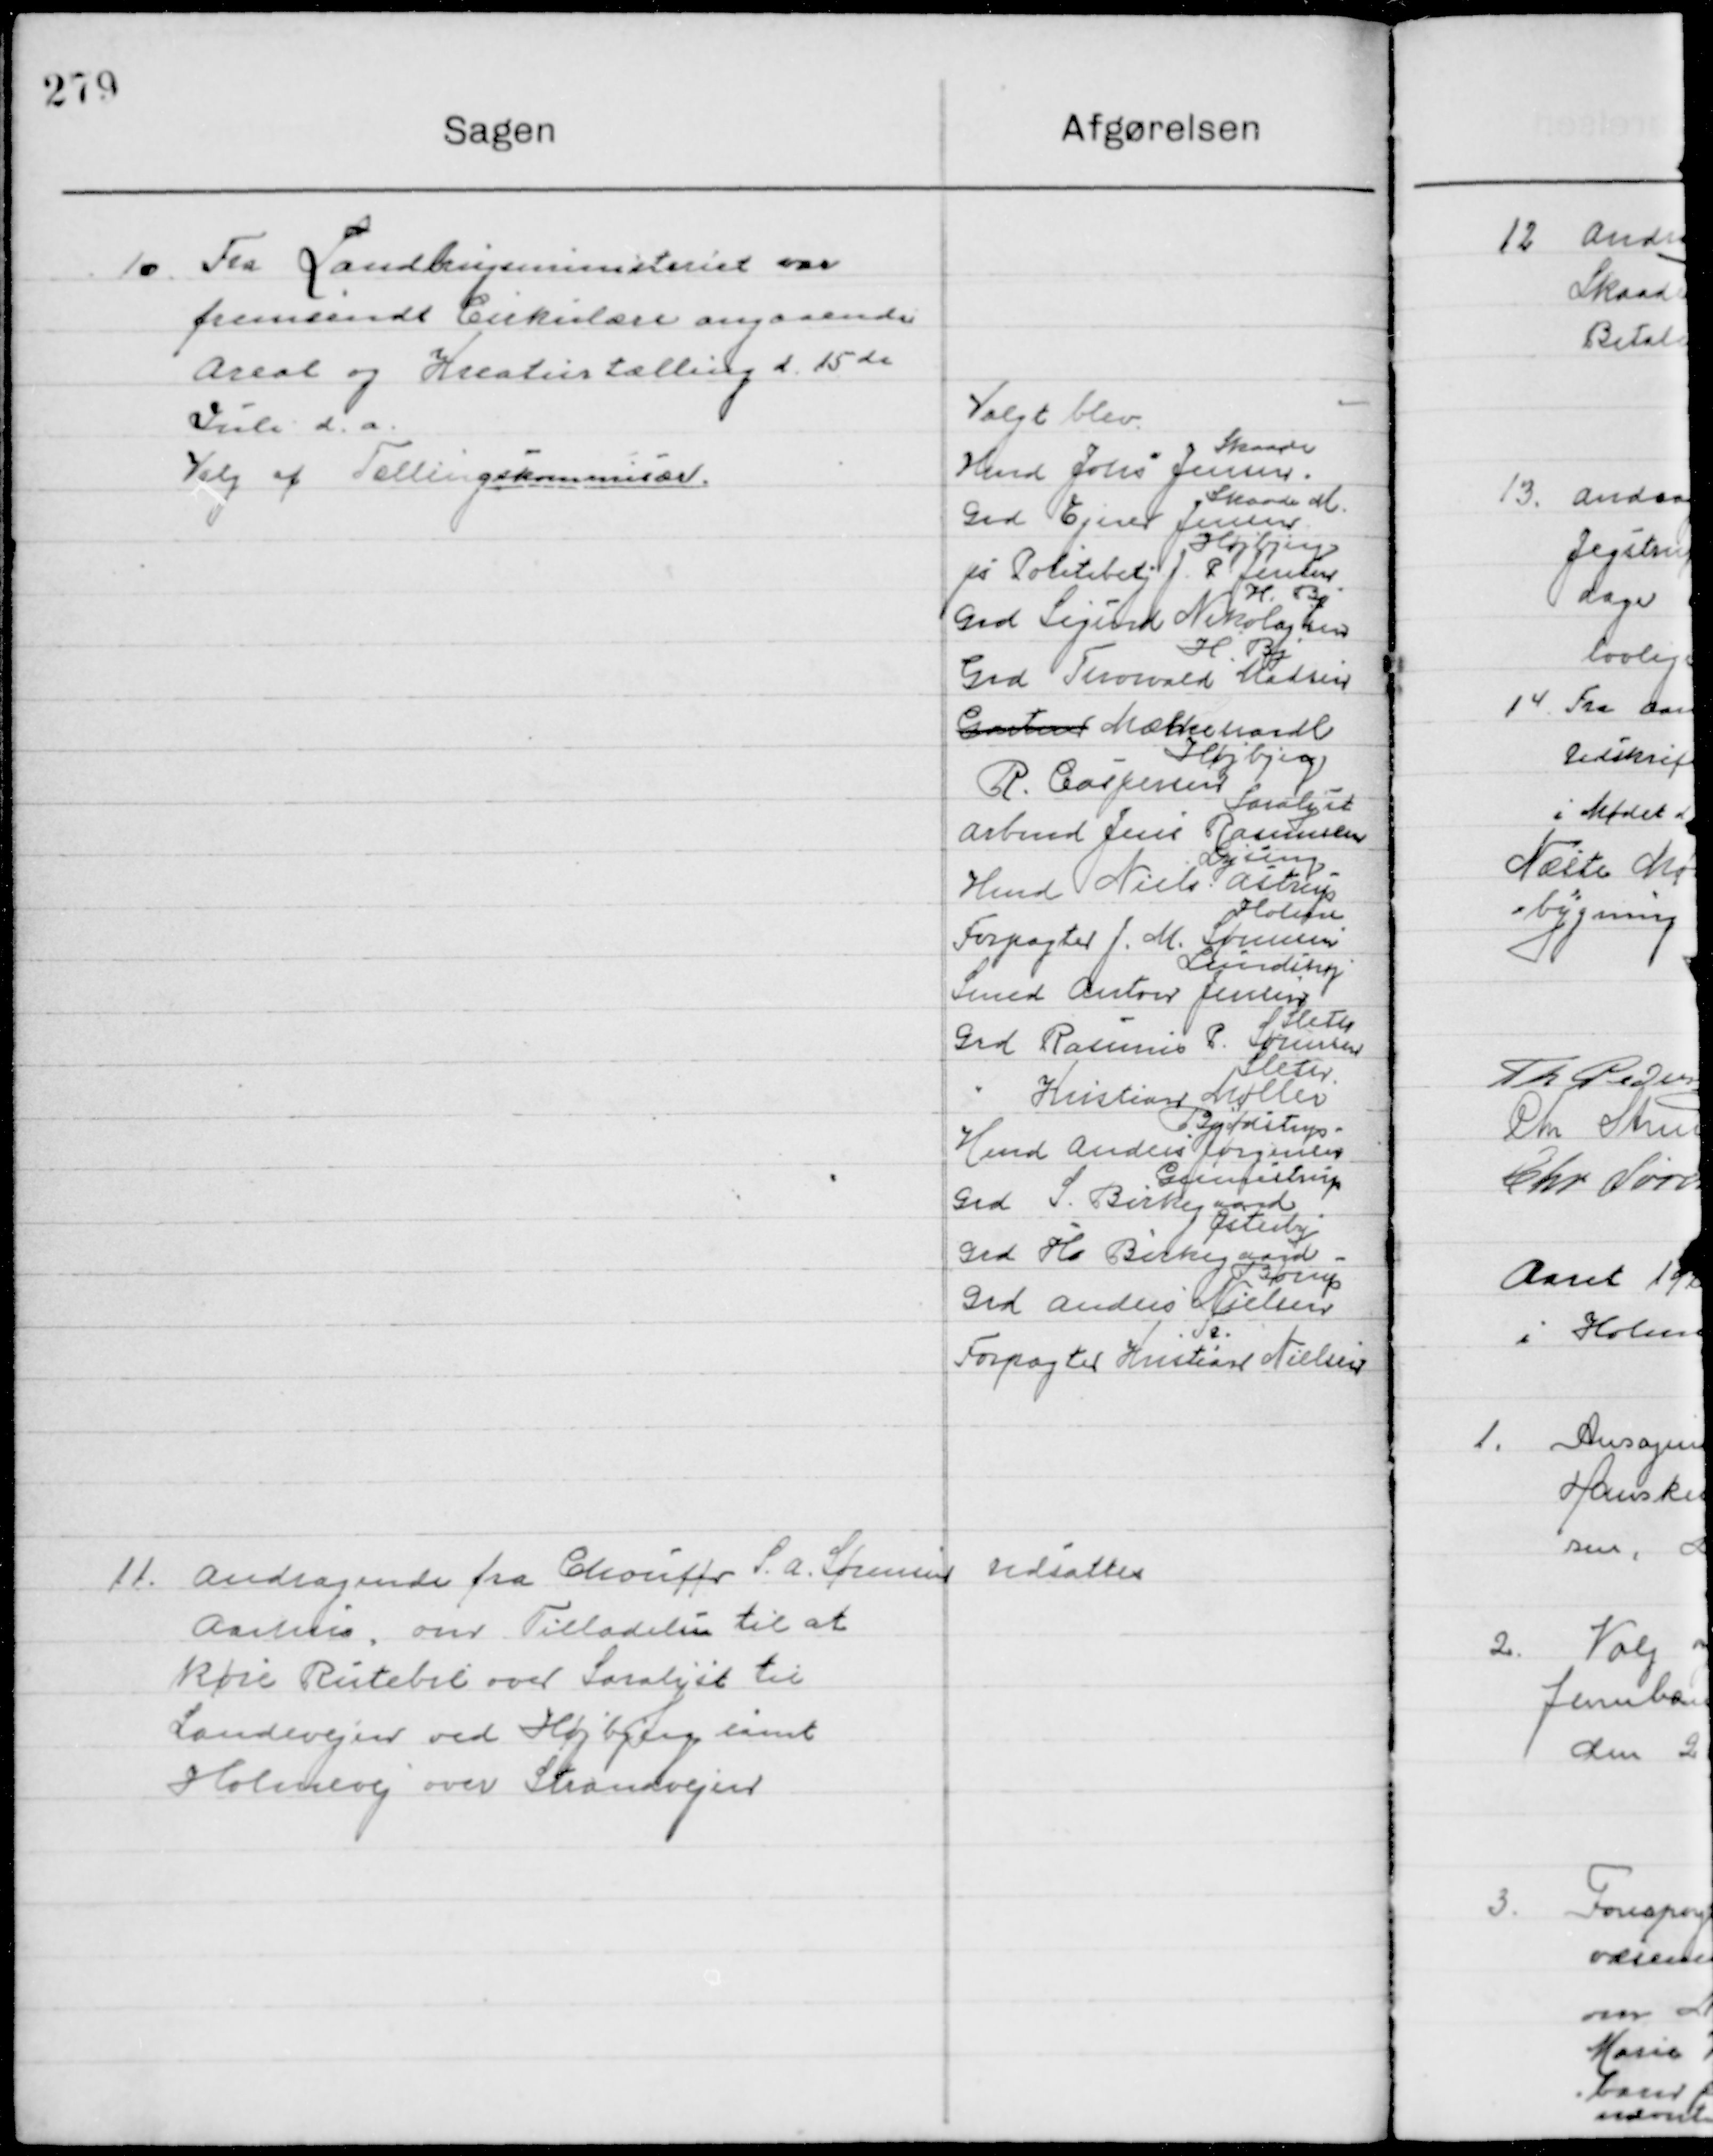
Transskription:
10

Fra Landbrugsministeriet var
Fremsendt cirkulære angaaende
Areal og Kreaturtælling d. 15de
Juli d. A.
Valg af Tællingskommissær

Valgt blev
Hmd Johs. Jensen 
Skaade
Grd Ejner Jensen 
Skaade M. 
 Politibetj J. P. Jensen
Højbjerg
Grd. Sigurd Nikolajsen 
H. By
Grd. Thorvald Madsen
H. By
Gartner Mælkehandl. 
R. Cas. Jensen
Højbjerg
Arbmd. Jens Rasmussen 
Saralyst
Hend. Niels Astrup 
Lyseng
Forpagter J. M. Sørensen
Holme
Smed Anton Jensen 
Lundshøj
Grd. Rasmus P. Sørensen
Sleter
Grd. Kristian møller
Sleter
Knud Anders Jørgensen 
Bjøstrup
Grd. S. Birkeggaard 
Gunnestrup 
Grd. Ho Birkeggaard
Østerby
Grd. Anders Nielsen 
Børup 
Forpagter Kristian Nielsen

11

Andragende fra Chauffør S. A. Sørensen
Aarhus over Tilladelse til at 
køre Rutebil over Saralyst til 
Landevejen ved Højbjerg samt
Holmevej over Strandvejen

Udsattes